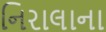
નિરાલાના